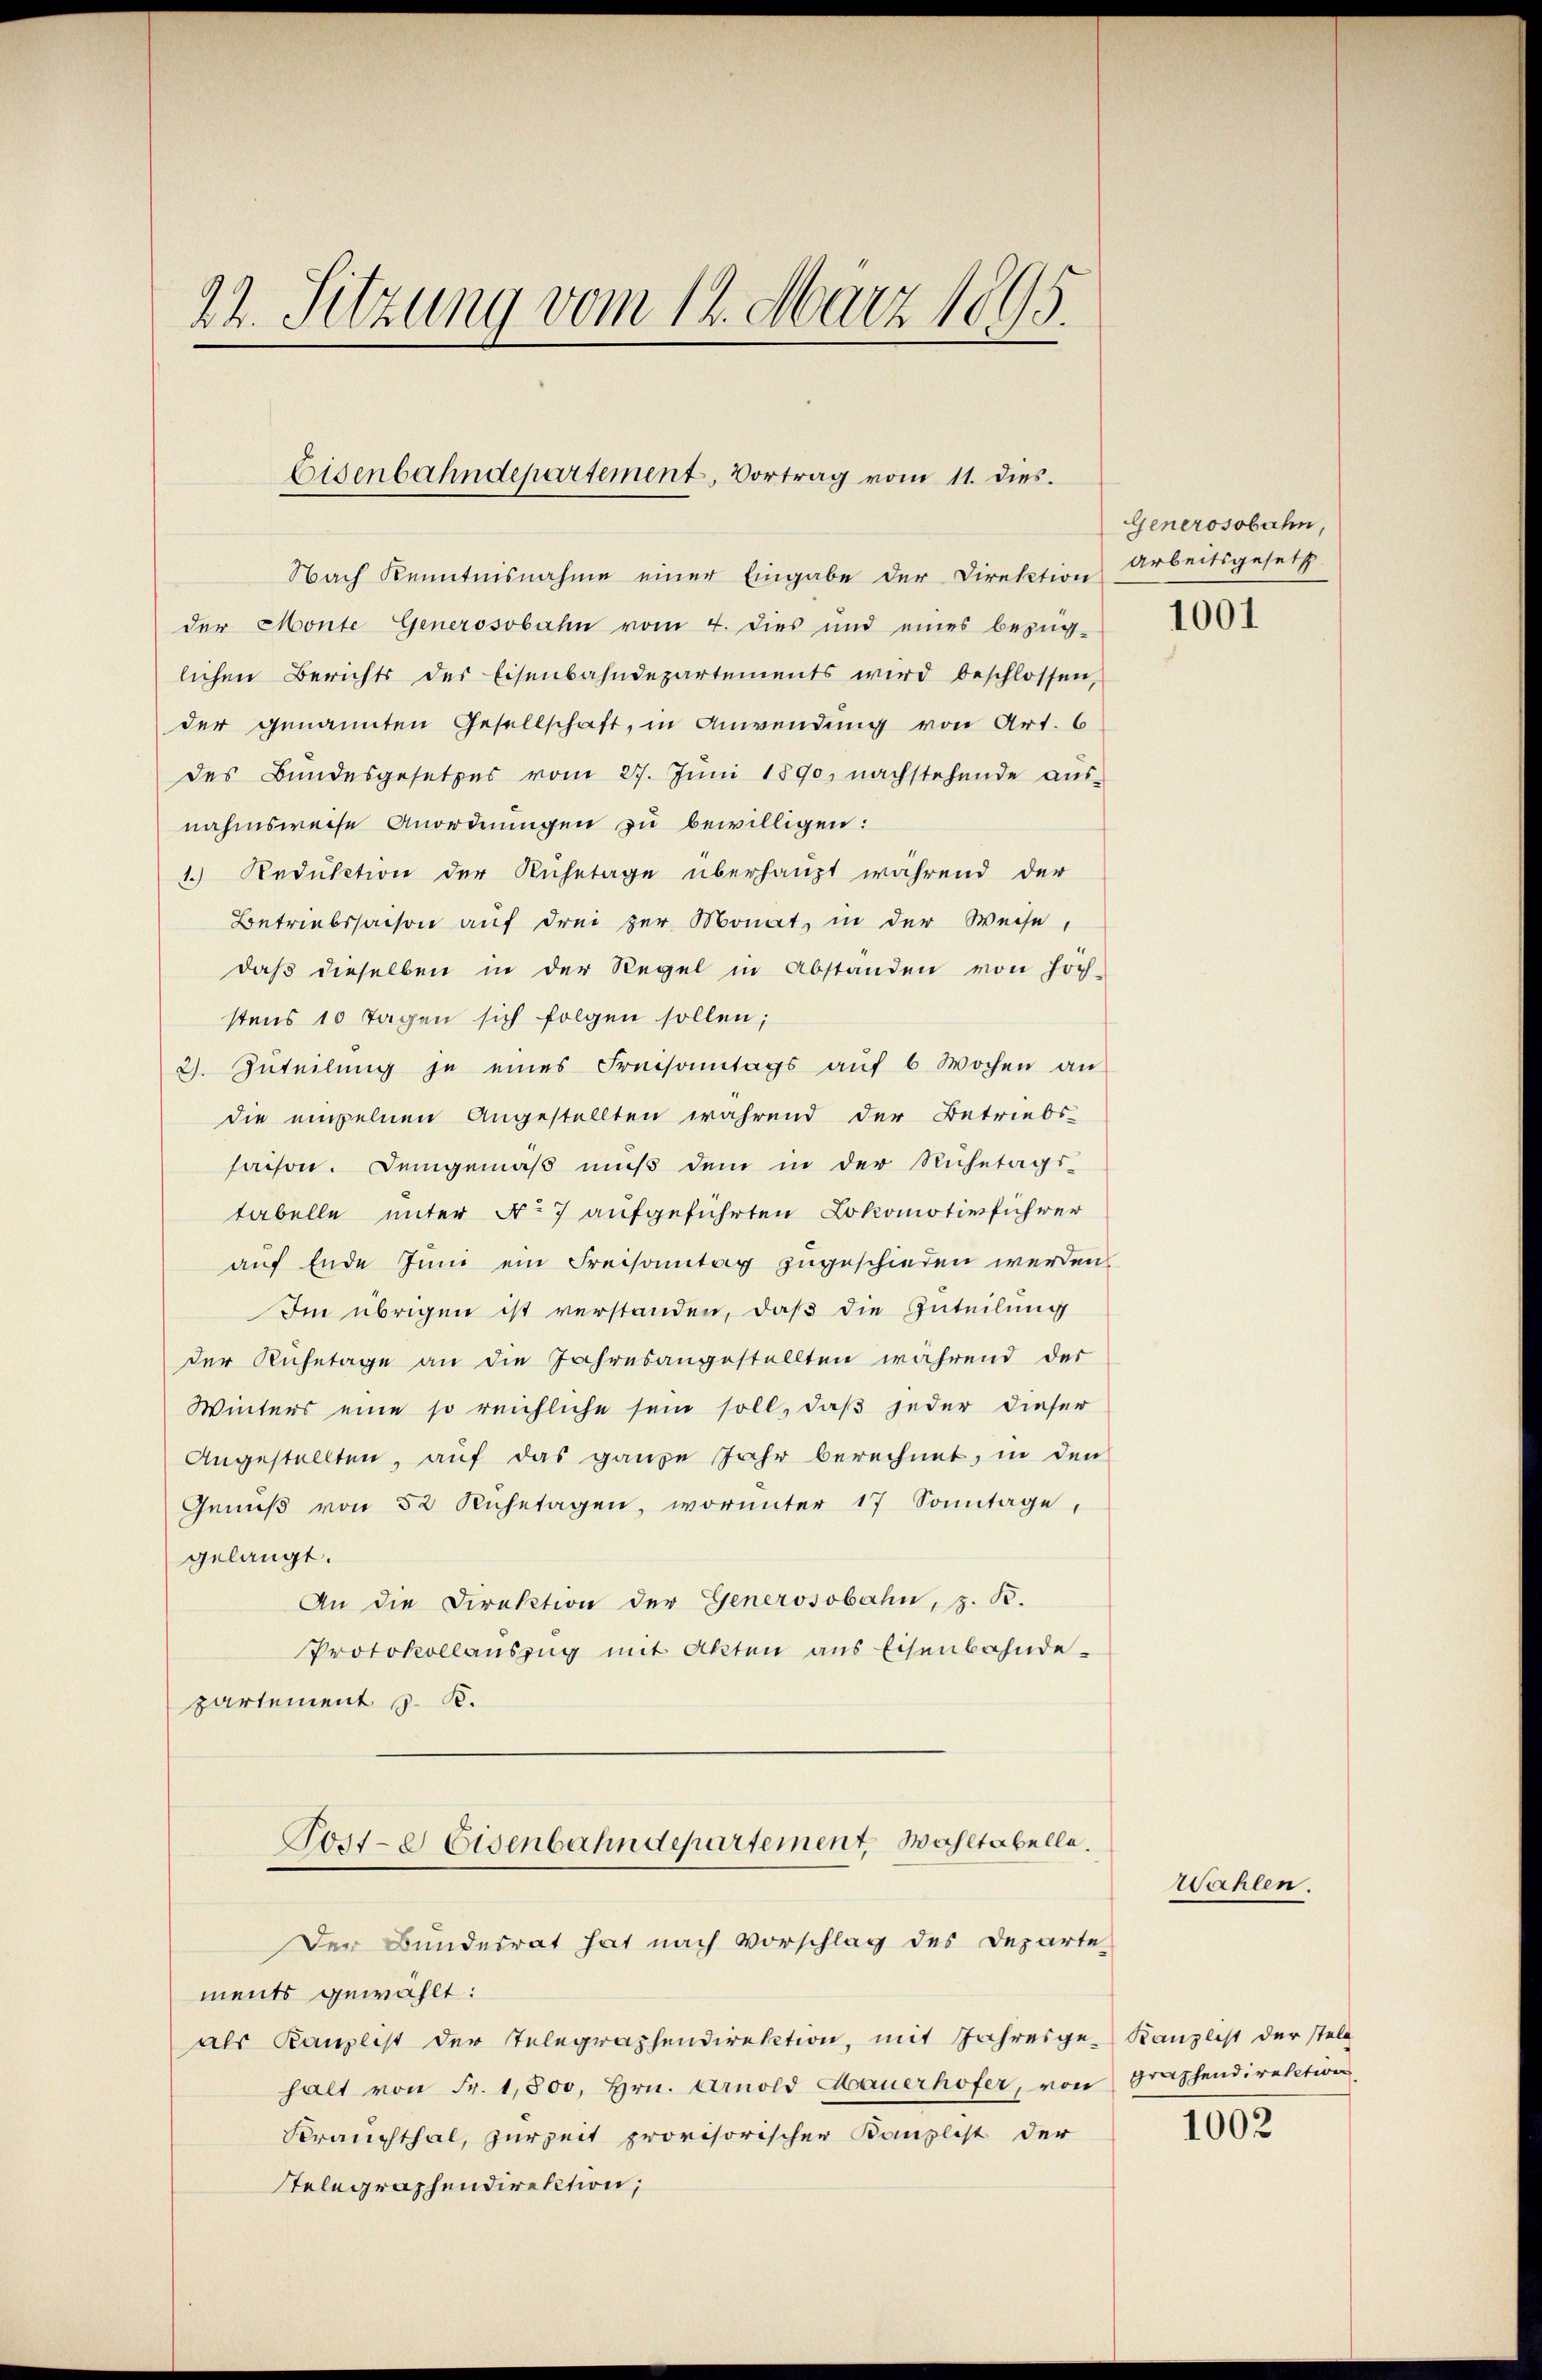
22. Sitzung vom 14. März 1895.

Eisenbahndepartement, Vortrag vom 11. dies.

Nach Kenntnisnahme einer Eingabe der Direktion Arbeitsgesetz
der Monte Generosobahn vom 4. dies und eines bezüg-
lichen Berichts des Eisenbahndepartements wird beschlossen,
der genannten Gesellschaft, in Anwendung von Art. 6
des Bundesgesetzes vom 27. Jŭni 1890, nachstehende aŭs-
nahmsweise Anordnungen zu bewilligen:
1.) Reduktion der Ruhetage überhaupt während der
Betriebssachen auf drei zur Monat, in der Weise,
daß dieselben in der Regel in Abständen von höch-
stens 10 Tagen sich folgen sollen;
2). Zuteilŭng je eines Freisamtags aŭf 6 Wochen an
die einzelnen Angestellten während der Betriebs-
saison. Demgemäß muß dem in der Ruhetags-
tabelle unter No 7 aufgeführten Lokomotivführer
auf Ende Juni ein Freisamtag zugeschieden werden.
Im übrigen ist verstanden, daß die Zuteilung
der Ruhetage an die Jahresangestellten während der
Winters eine so reichliche sein soll, daß jeder dieser
Angestellten, auf das ganze Jahr berechnet, in den
Genuß von 52 Ruhetagen, worunter 17 Sonntage,
gelangt.
An die Direktion der Generosobahn, z. B.
Protokollauszug mit Akten aus Eisenbahnde-
partement z. B.
Tost- & Eisenbahndepartement, Wahltabelle.
Der Bundesrat hat nach Vorschlag des Departe
ments gewählt:
als Kanzlist der Telegraphendirektion, mit Jahresgehalt von Fr. 1,800, Hrn. Arnold Mauerhofer, von graphendirektion
Frauchthal, zur Zeit provisorischer Kanzlist der
Stelegraphendirektion;

Generosobahn,

1001

Wahlen.

Kanzlist der stell

1002